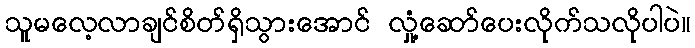
သူမလေ့လာချင်စိတ်ရှိသွားအောင် လှုံ့ဆော်ပေးလိုက်သလိုပါပဲ။